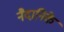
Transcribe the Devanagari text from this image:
नैदानिके